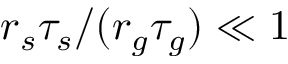
r _ { s } \tau _ { s } / ( r _ { g } \tau _ { g } ) \ll 1